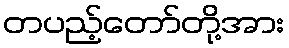
တပည့်တော်တို့အား